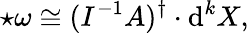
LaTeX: \star\omega\cong(I^{-1}A)^{\dagger}\cdot\mathrm{d}^{k}X,